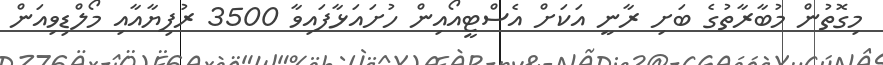
މިގޮތުން މުބާރާތުގެ ބަށި ރާނީ އަކަށް އެސްޓީއޯއިން ހުށައަޅާފައިވާ 3500 ރުފިޔާއާއި މޯލްޑިވިއަން